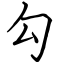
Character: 勾